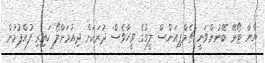
ޔާޔާ ޓޯރޭ ބޭނުންވަނީ ޗެމްޕިއަންސް ލީގުގެ ވީހާވެސް ދުރަކަށް ދިއުމަށްލޯ ކައިރި ފުއްޕުމުން